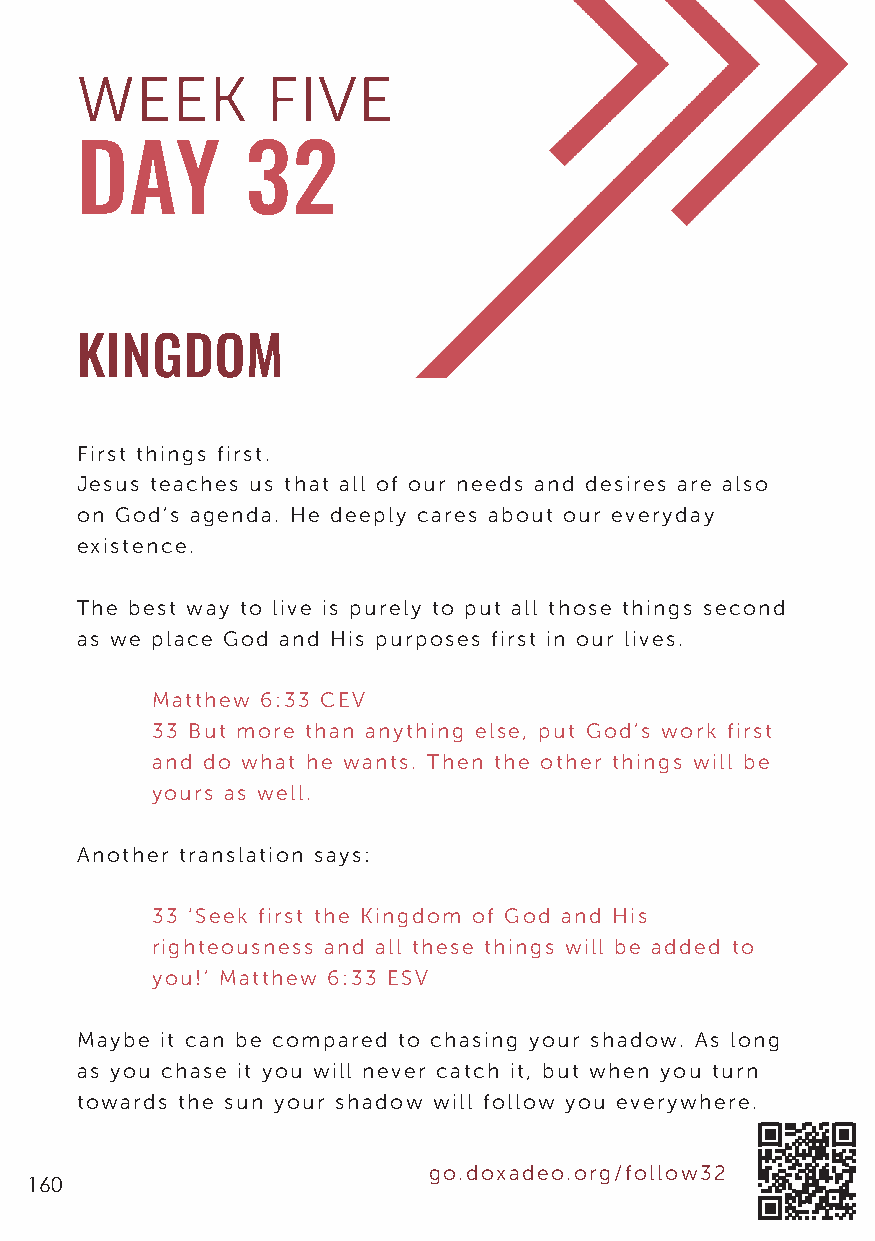
WEEK         FIVE
 DAY        32
 KINGDOM
 First things first.
 Jesus teaches us that all of our needs and desires are also
 on God’s agenda. He deeply cares about our everyday
 existence.
 The best way to live is purely to put all those things second
 as we place God and His purposes first in our lives.
 Matthew 6:33 CEV
 33 But more than anything else, put God’s work first
 and do what he wants. Then the other things will be
 yours as well.
 Another translation says:
 33 ‘Seek first the Kingdom of God and His
 righteousness and all these things will be added to
 you!’ Matthew 6:33 ESV
 Maybe it can be compared to chasing your shadow. As long
 as you chase it you will never catch it, but when you turn
 towards the sun your shadow will follow you everywhere.
 go.doxadeo.org/follow32
 160